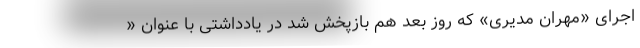
اجرای «مهران مدیری» که روز بعد هم بازپخش شد در یادداشتی با عنوان «